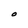
Character: O